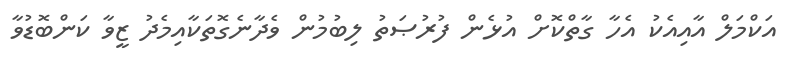
އަކްމަލް އާއިއެކު އެހާ ގާތްކޮށް އުޅެން ފުރުޞަތު ލިބުމުން ވެދާނެގޮތަކާއިމެދު ޒީވާ ކަންބޮޑުވާ